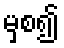
မှစ၍